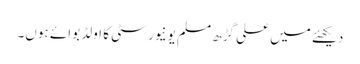
دیکھئے میں علی گڑھ مسلم یونیورسٹی کا اولڈ بوائے ہوں۔